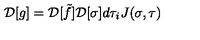
{ \cal D } [ g ] = { \cal D } [ \tilde { f } ] { \cal D } [ \sigma ] d \tau _ { i } J ( \sigma , \tau )